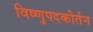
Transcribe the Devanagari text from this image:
विष्णुपदकीर्तन